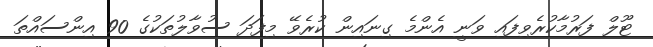
ޓޫލް ފަރުމާކުރެވިފައި ވަނީ އެންމެ ގިނައިން ކުރެވޭ މިފަދަ ސުވާލުތަކުގެ 90 އިންސައްތަ